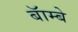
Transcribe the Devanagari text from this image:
बॅाम्बे